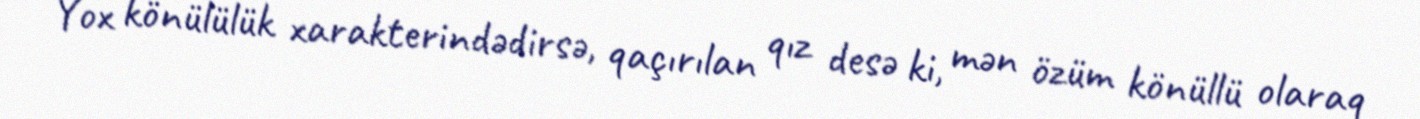
Yox könülülük xarakterindədirsə, qaçırılan qız desə ki, mən özüm könüllü olaraq